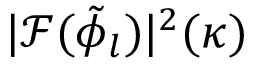
| \mathcal { F } ( \tilde { \phi } _ { l } ) | ^ { 2 } ( \kappa )